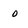
Character: O